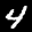
Label: 4